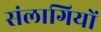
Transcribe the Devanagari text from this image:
संलागियों